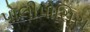
પોલીપોસિસ